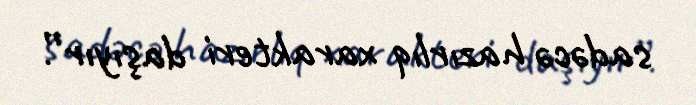
sadəcə hazırlıq xarakteri daşıyır”.